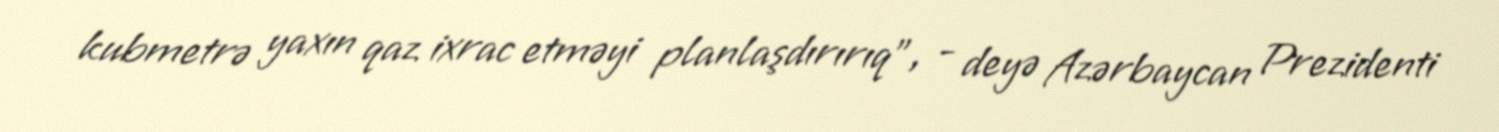
kubmetrə yaxın qaz ixrac etməyi planlaşdırırıq", - deyə Azərbaycan Prezidenti